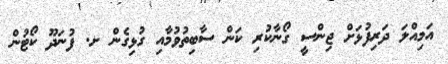
އަމިއްލަ ދަރިފުޅަށް ޖިންސީ ގޯނާކުރި ކަން ސާބިތުވުމާއި ގުޅިގެން ށ. ފުނަދޫ ކޯޓުން